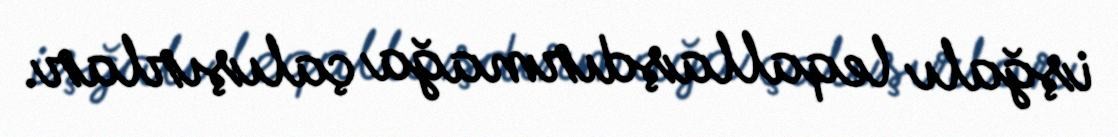
işğalı leqallaşdırmağa çalışırlar.